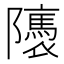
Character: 𨽖